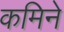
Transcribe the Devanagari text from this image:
कमिने